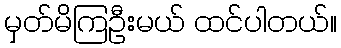
မှတ်မိကြဦးမယ် ထင်ပါတယ်။